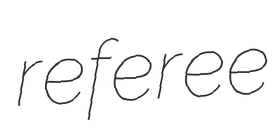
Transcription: referee